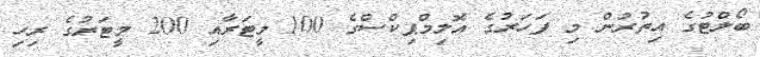
ބޯލްޓުގެ އިތުރުން މި ފަހަރުގެ އޮލިމްޕިކްސްގެ 100 މީޓަރާއި 200 މީޓަރުގެ ރިހި